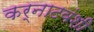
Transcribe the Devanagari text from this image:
कर्नाटवंशी